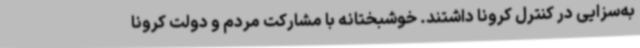
به‌سزایی در کنترل کرونا داشتند. خوشبختانه با مشارکت مردم و دولت کرونا